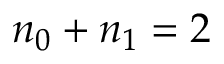
n _ { 0 } + n _ { 1 } = 2